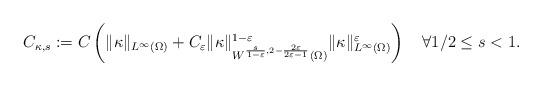
LaTeX: \begin{align*}C_{\kappa,s}:=C\left( \rVert\kappa\rVert_{L^{\infty}\left( \Omega\right)}+C_{\varepsilon}\rVert\kappa\rVert_{W^{\frac{s}{1-\varepsilon},2-\frac{2\varepsilon}{2\varepsilon-1}}\left( \Omega\right) }^{1-\varepsilon}\rVert\kappa\rVert_{L^{\infty}\left( \Omega\right) }^{\varepsilon}\right)\quad\forall1/2\leq s<1. \end{align*}